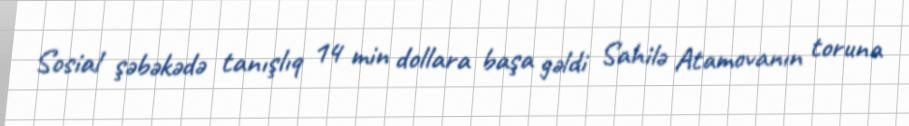
Sosial şəbəkədə tanışlıq 14 min dollara başa gəldi Sahilə Atamovanın toruna